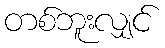
တစ်ဘူးလျှင်